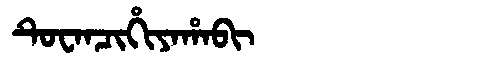
Manchu: ᡨᡠᠸᠠᠨᠴᡳᡥᡳᠶᠠᡥᠠᠪᡳ
Romanization: TUWANCIHIYAHABI